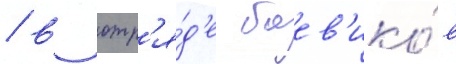
/ в отр'я́д'е боев'ико́в